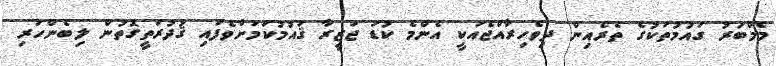
މެމްބަރު ގައުމުތަކުގެ ތެރެއިން ދިވެހިރާއްޖެއަކީ އެންމެ ކުޑަ ޖަޒީރާ ޤައުމުކަމަށްވެފައި ޤުދުރަތީގޮތުން ލިބެންހުރި